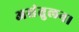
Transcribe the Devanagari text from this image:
असंतुलन।